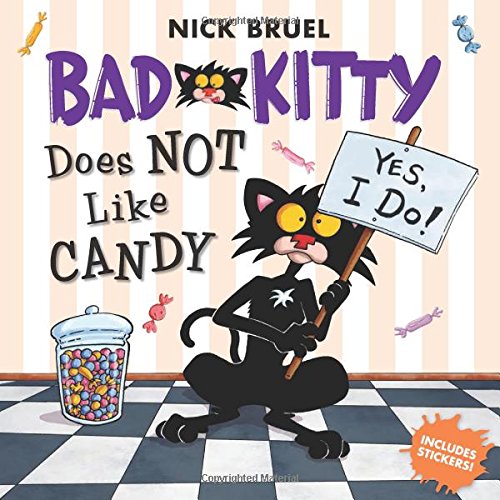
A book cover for Bad Kitty Does Not Like Candy; Nick Bruel; Children's Books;